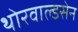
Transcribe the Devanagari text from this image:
थोरवाल्डसेन